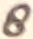
Text: 8